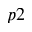
p 2